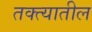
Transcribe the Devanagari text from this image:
तक्त्यातील